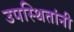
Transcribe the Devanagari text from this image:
उपस्थितांनी